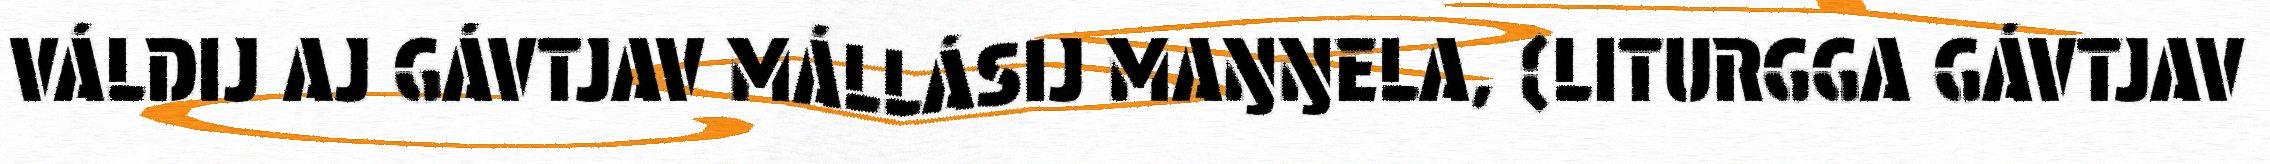
VÁLDIJ AJ GÁVTJAV MÁLLÁSIJ MAŊŊELA, (LITURGGA GÁVTJAV